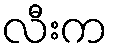
လီးက